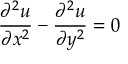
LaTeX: { \frac { \partial ^ { 2 } u } { \partial x ^ { 2 } } } - { \frac { \partial ^ { 2 } u } { \partial y ^ { 2 } } } = 0